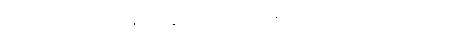
ကင်းလွန်သောအခါ ပြန်ယူ၏။ ရဟန်းသည် ကုက္ကုစ္စ ဖြစ်၏။ ချစ်သား၊ သင် အဘယ်စိတ်ရှိသနည်း။